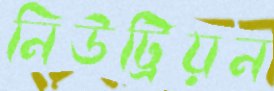
নিউট্রিয়ন